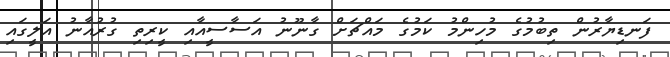
ފަނޑިޔާރުން ތިބުމުގެ މުހިންމު ކަމުގެ މައްޗަށް ގާނޫނު އަސާސީއާއި ކީރިތި ގުރުއާނު އަލީގައި